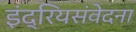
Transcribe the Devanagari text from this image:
इंद्रियसंवेदना